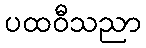
ပထဝီသညာ